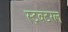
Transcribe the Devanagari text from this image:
स्ट्रक्टरल